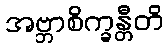
အဗ္ဘာစိက္ခန္တီတိ